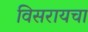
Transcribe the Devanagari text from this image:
विसरायचा